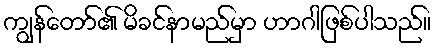
ကျွန်တော်၏ မိခင်နာမည်မှာ ဟာဂါဖြစ်ပါသည်။